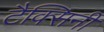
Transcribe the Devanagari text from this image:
टैक्सिनी